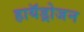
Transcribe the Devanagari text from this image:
हायॅड्रोजन